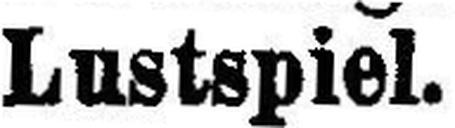
Lustspiel.